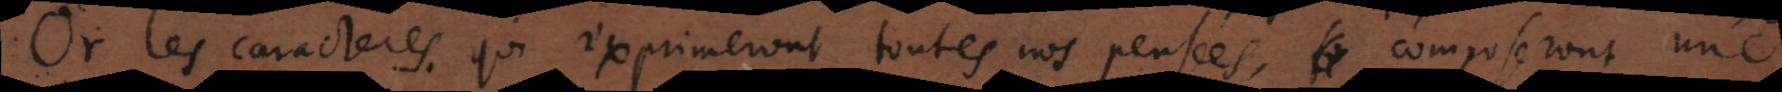
Or les caracteres qui exprimeront toutes nos pensées, composeront une